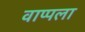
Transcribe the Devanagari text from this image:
वाप्पला